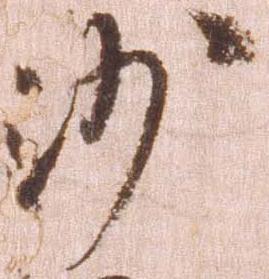
沙